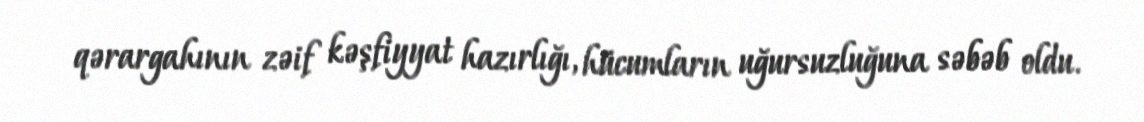
qərargahının zəif kəşfiyyat hazırlığı, hücumların uğursuzluğuna səbəb oldu.